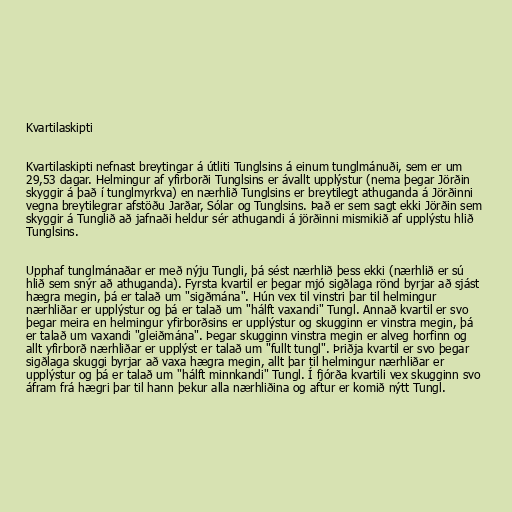
Kvartilaskipti

Kvartilaskipti nefnast breytingar á útliti Tunglsins á einum tunglmánuði, sem er um
29,53 dagar. Helmingur af yfirborði Tunglsins er ávallt upplýstur (nema þegar Jörðin
skyggir á það í tunglmyrkva) en nærhlið Tunglsins er breytilegt athuganda á Jörðinni
vegna breytilegrar afstöðu Jarðar, Sólar og Tunglsins. Það er sem sagt ekki Jörðin sem
skyggir á Tunglið að jafnaði heldur sér athugandi á jörðinni mismikið af upplýstu hlið
Tunglsins.

Upphaf tunglmánaðar er með nýju Tungli, þá sést nærhlið þess ekki (nærhlið er sú
hlið sem snýr að athuganda). Fyrsta kvartil er þegar mjó sigðlaga rönd byrjar að sjást
hægra megin, þá er talað um "sigðmána". Hún vex til vinstri þar til helmingur
nærhliðar er upplýstur og þá er talað um "hálft vaxandi" Tungl. Annað kvartil er svo
þegar meira en helmingur yfirborðsins er upplýstur og skugginn er vinstra megin, þá
er talað um vaxandi "gleiðmána". Þegar skugginn vinstra megin er alveg horfinn og
allt yfirborð nærhliðar er upplýst er talað um "fullt tungl". Þriðja kvartil er svo þegar
sigðlaga skuggi byrjar að vaxa hægra megin, allt þar til helmingur nærhliðar er
upplýstur og þá er talað um "hálft minnkandi" Tungl. Í fjórða kvartili vex skugginn svo
áfram frá hægri þar til hann þekur alla nærhliðina og aftur er komið nýtt Tungl.